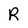
Character: R